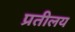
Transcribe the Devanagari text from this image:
प्रतीलय